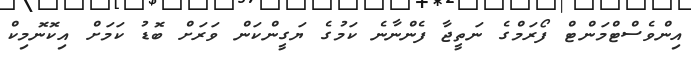
އިންވެސްޓްމަންޓް ފޯރަމްގެ ނަތީޖާ ފެންނާނެ ކަމުގެ ޔަގީންކަން ވަރަށް ބޮޑު ކަމަށް އިކޮނޮމިކް